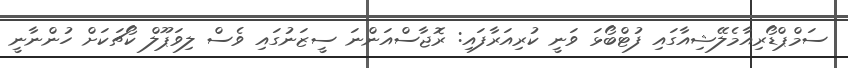
ސަމްޕްޑޯރިއާމެލޭޝިއާގައި ފުޓްބޯޅަ ވަނީ ކުރިއަރާފައި: ރޮޖާސްއަންނަ ސީޒަނުގައި ވެސް ލިވަޕޫލް ކޯޗަކަށް ހުންނާނީ